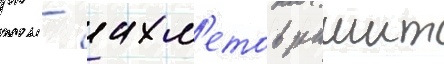
рк - ахм'етов рашит